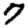
Digit: 7